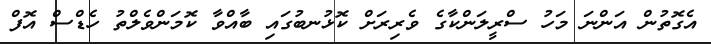
އެގޮތުން އަންނަ މަހު ސްރީލަންކާގެ ވެރިރަށް ކޮޅުނބުގައި ބާއްވާ ކޮމަންވެލްތު ހެޑްސް އޮފް